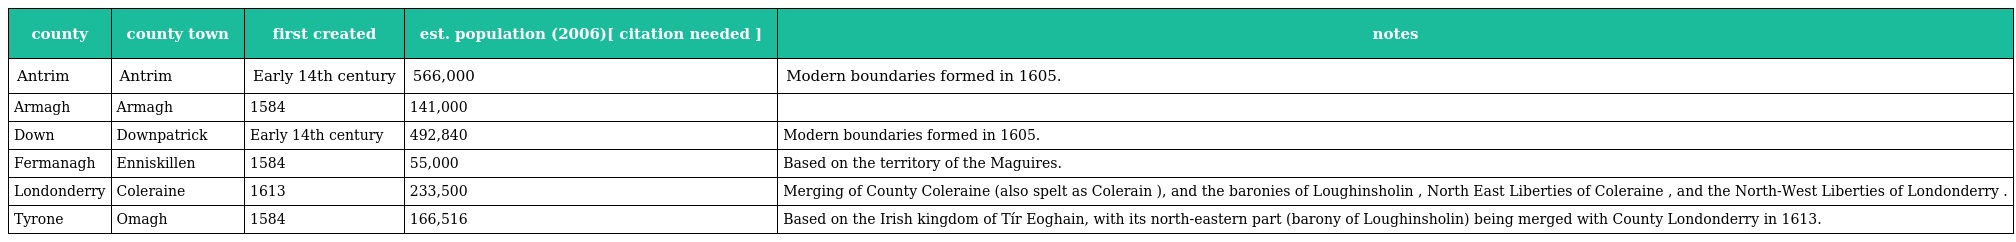
| county | county town | first created | est. population (2006)[ citation needed ] | notes |
 | --- | --- | --- | --- | --- |
 | Antrim | Antrim | Early 14th century | 566,000 | Modern boundaries formed in 1605. |
 | Armagh | Armagh | 1584 | 141,000 |  |
 | Down | Downpatrick | Early 14th century | 492,840 | Modern boundaries formed in 1605. |
 | Fermanagh | Enniskillen | 1584 | 55,000 | Based on the territory of the Maguires. |
 | Londonderry | Coleraine | 1613 | 233,500 | Merging of County Coleraine (also spelt as Colerain ), and the baronies of Loughinsholin , North East Liberties of Coleraine , and the North-West Liberties of Londonderry . |
 | Tyrone | Omagh | 1584 | 166,516 | Based on the Irish kingdom of Tír Eoghain, with its north-eastern part (barony of Loughinsholin) being merged with County Londonderry in 1613. |